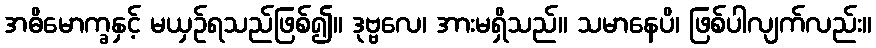
အဓိမောက္ခနှင့် မယှဉ်ရသည်ဖြစ်၍။ ဒုဗ္ဗလေ၊ အားမရှိသည်။ သမာနေပိ၊ ဖြစ်ပါလျက်လည်း။